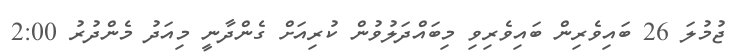
ޖުމުލަ 26 ބައިވެރިން ބައިވެރިވި މިބައްދަލުވުން ކުރިއަށް ގެންދާނީ މިއަދު މެންދުރު 2:00